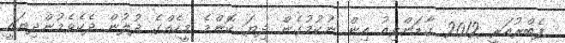
ފެބްރުއަރީ 2012 ގާޑަންވިއު އިން ނުކުމުގެން ދިޔަ ކޮންމެ މީހެއްގެ ދުލުން ދެކެވެމުންދިޔައީ